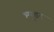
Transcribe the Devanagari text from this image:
श्यूडर